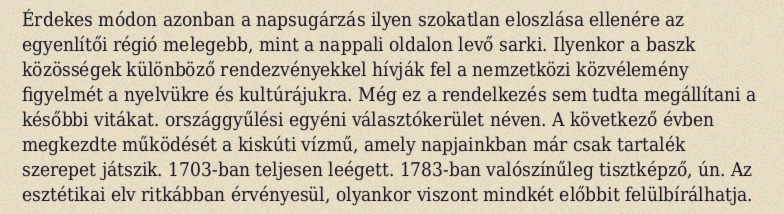
Érdekes módon azonban a napsugárzás ilyen szokatlan eloszlása ellenére az egyenlítői régió melegebb, mint a nappali oldalon levő sarki. Ilyenkor a baszk közösségek különböző rendezvényekkel hívják fel a nemzetközi közvélemény figyelmét a nyelvükre és kultúrájukra. Még ez a rendelkezés sem tudta megállítani a későbbi vitákat. országgyűlési egyéni választókerület néven. A következő évben megkezdte működését a kiskúti vízmű, amely napjainkban már csak tartalék szerepet játszik. 1703-ban teljesen leégett. 1783-ban valószínűleg tisztképző, ún. Az esztétikai elv ritkábban érvényesül, olyankor viszont mindkét előbbit felülbírálhatja.